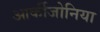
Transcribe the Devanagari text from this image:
आर्कीजोनिया